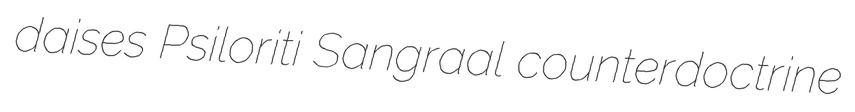
daises Psiloriti Sangraal counterdoctrine